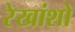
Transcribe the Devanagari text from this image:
रेखांशो